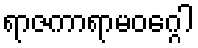
ရာဇကာရာမဝဂ္ဂေါ